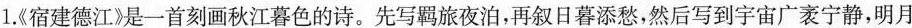
1《宿建德江》是一首刻画秋江暮色的诗。先写羁旅夜泊，再叙日暮添愁，然后写到宇宙广袤宁静，明月